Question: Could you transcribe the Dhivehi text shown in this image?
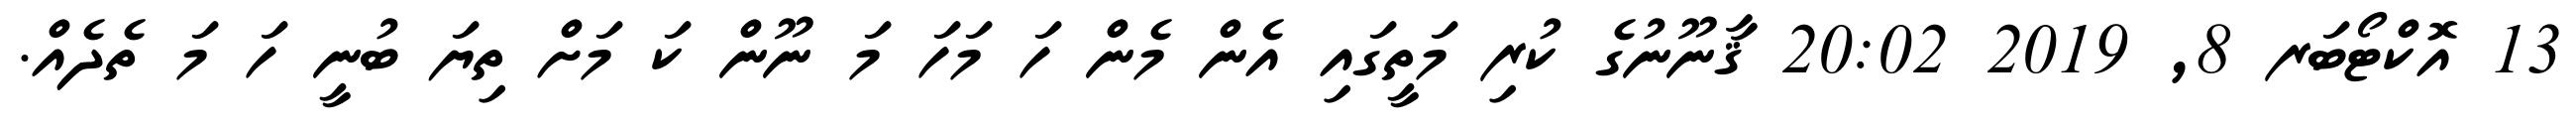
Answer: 13 އޮކްޓޯބަރ 8, 2019 20:02 ޤާނޫނުގެ ކުރި މަތީގައި އެން މެން ހަ މަހަ މަ ނޫން ކަ މަށް ތިޔަ ބުނީ ހަ މަ ތެދެއް.